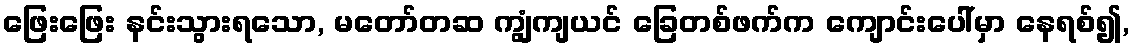
ဖြေးဖြေး နင်းသွားရသော, မတော်တဆ ကျွံကျယင် ခြေတစ်ဖက်က ကျောင်းပေါ်မှာ နေရစ်၍,